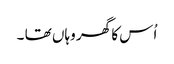
اُس کا گھر وہاں تھا ۔